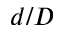
d / D